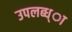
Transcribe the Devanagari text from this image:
उपलब्ध्ा